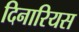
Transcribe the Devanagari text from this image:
दिनारियस